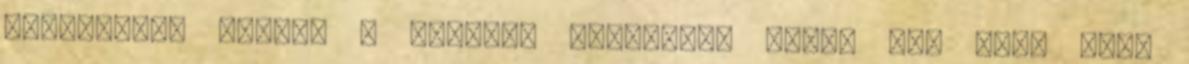
alakítani. Mindez a webhely elhagyása miatt van így, azaz